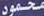
محمود